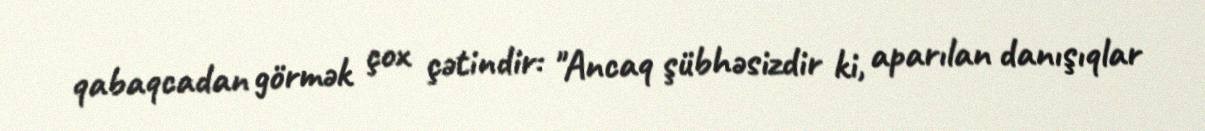
qabaqcadan görmək çox çətindir: "Ancaq şübhəsizdir ki, aparılan danışıqlar